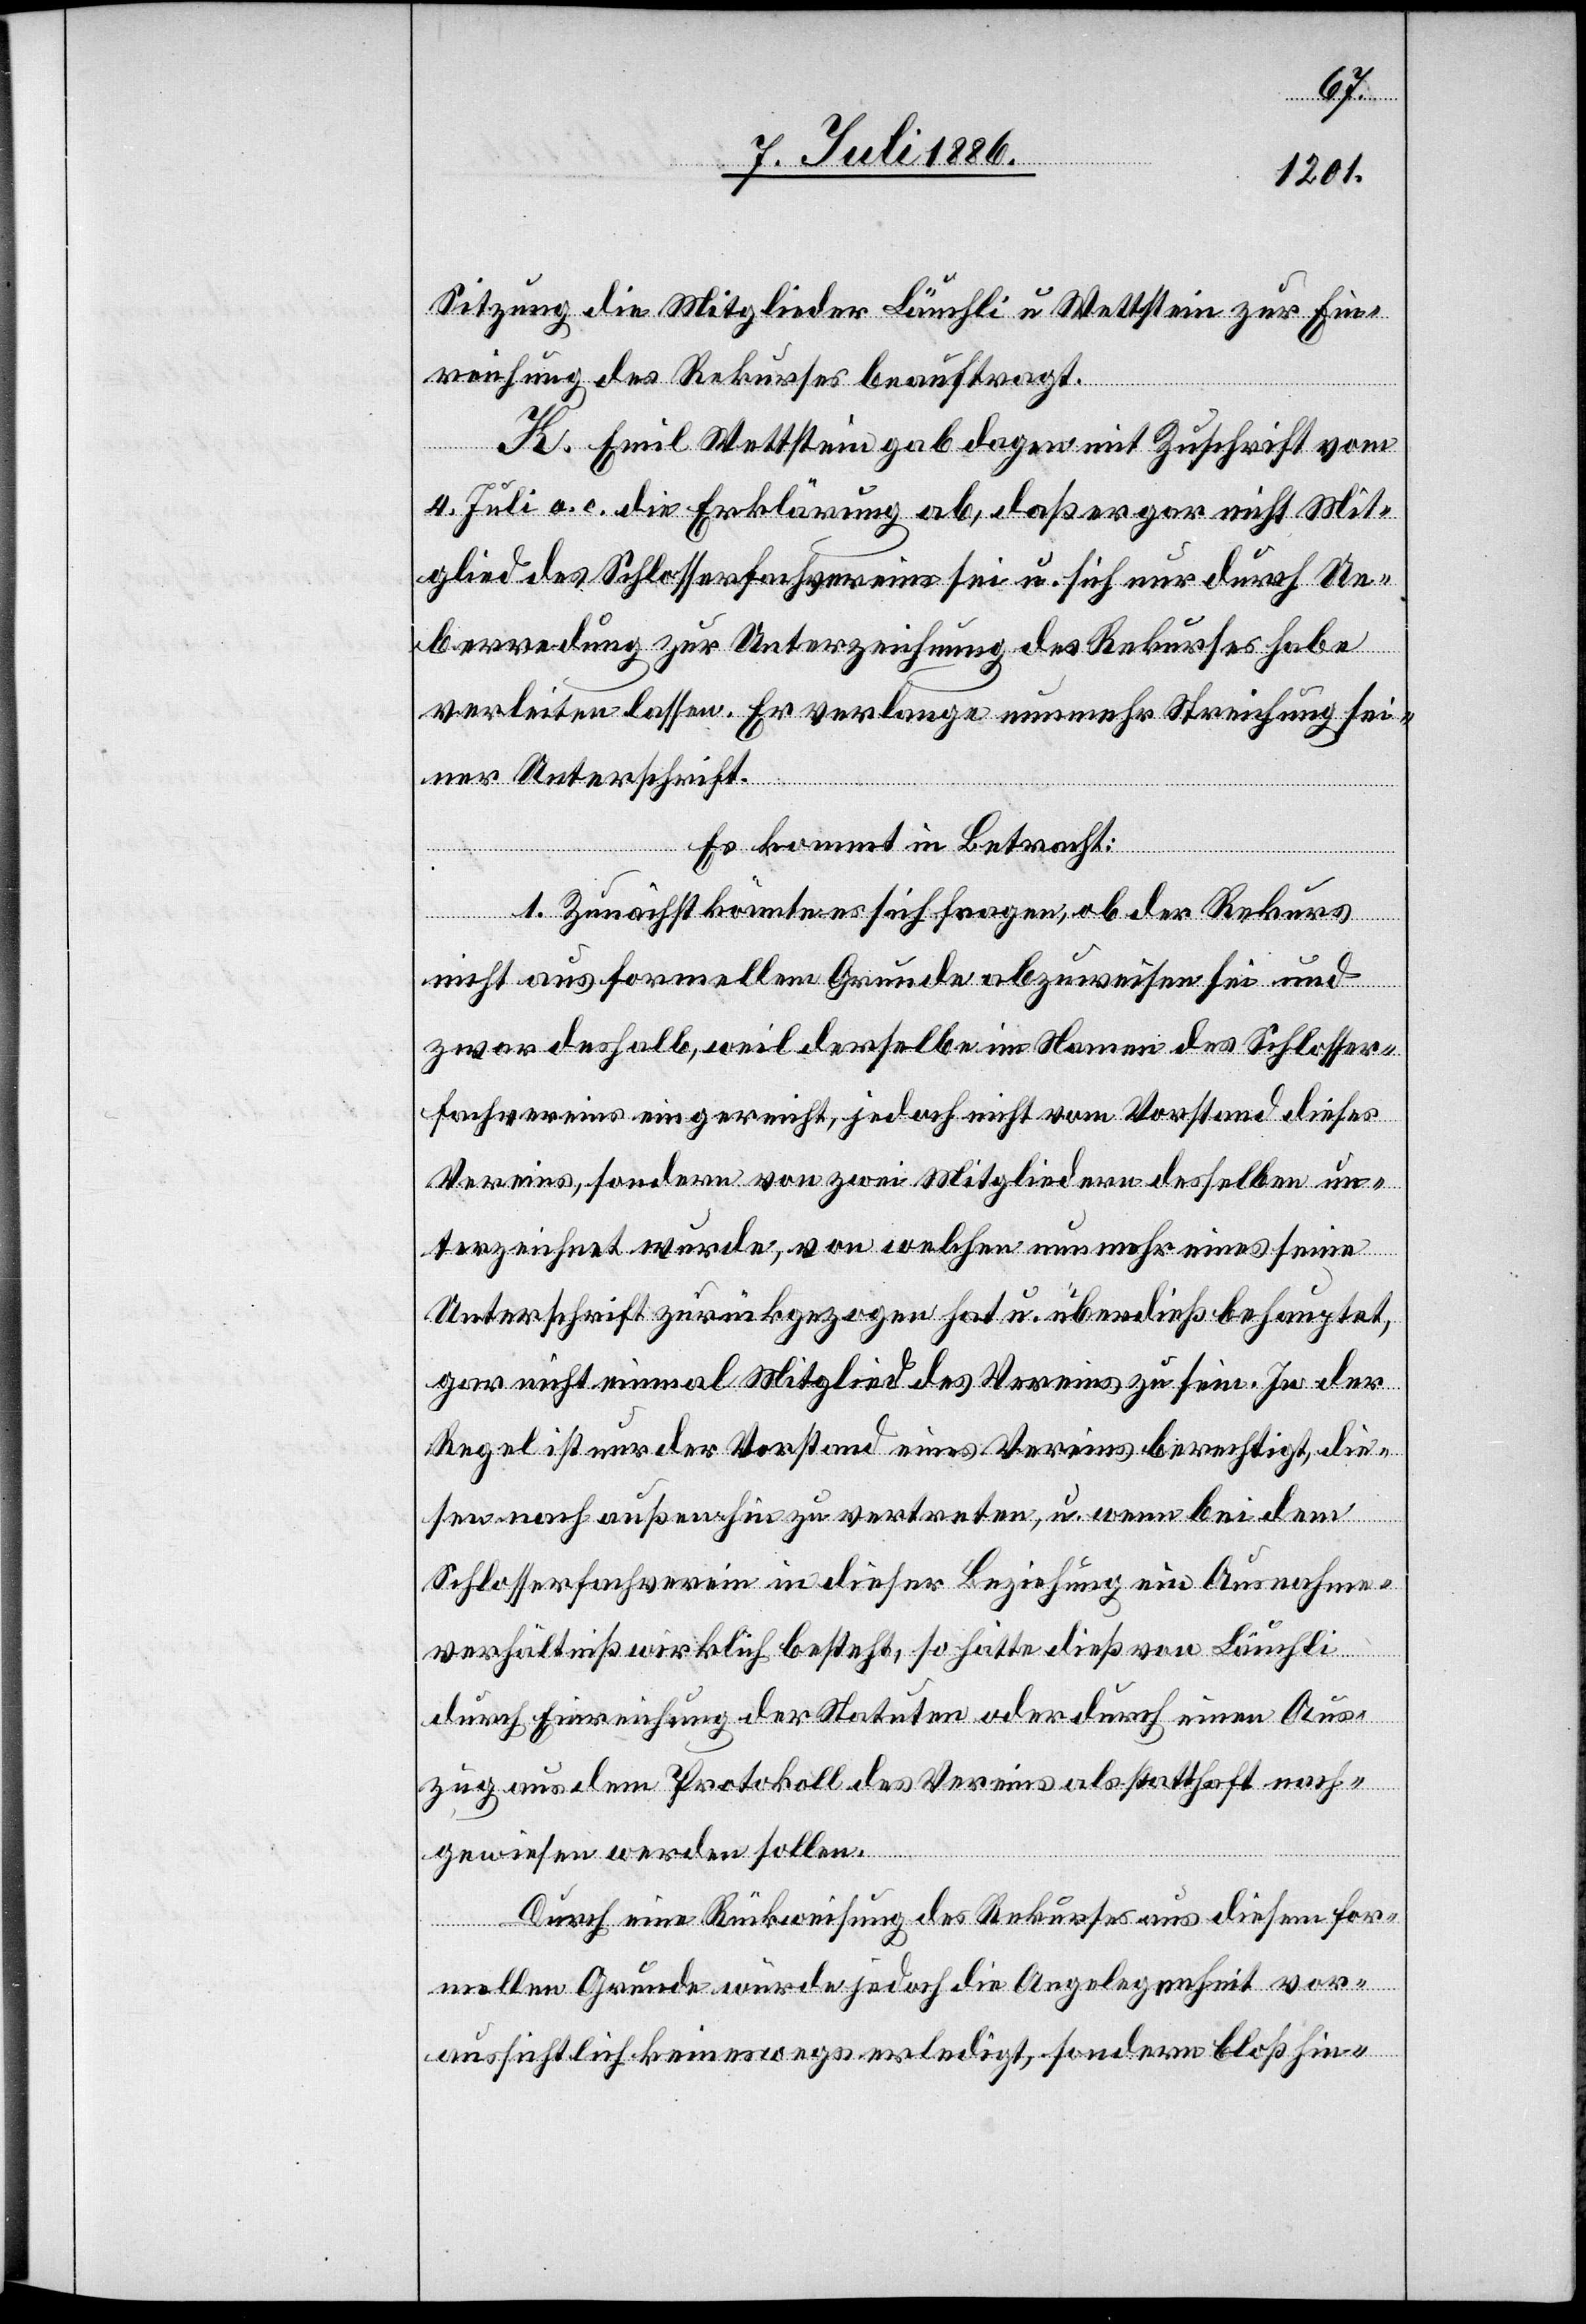
Sitzung die Mitglieder Läuchli u. Wettstein zur Ein¬
reichung des Rekurses beauftragt.
K. Emil Wettstein gab dage[ge]n mit Zuschrift vom
4. Juli a. c. die Erklärung ab, daß er gar nicht Mit¬
glied des Schlosserfachvereins sei u. sich nur durch Ue¬
berredung zur Unterzeichnung des Rekurses habe
verleiten lassen. Er verlange nunmehr Streichung sei¬
ner Unterschrift.
Es kommt in Betracht:
1. Zunächst könnte es sich fragen, ob der Rekurs
nicht aus formellem Grunde abzuweisen sei und
zwar deshalb, weil derselbe im Namen des Schlosser¬
fachvereins eingereicht, jedoch nicht vom Vorstand dieses
Vereins, sondern von zwei Mitgliedern desselben un¬
terzeichnet wurde, von welchen nunmehr eines seine
Unterschrift zurückgezogen hat u. überdieß behauptet,
gar nicht einmal Mitglied des Vereins zu sein. In der
Regel ist nur der Vorstand eines Vereins berechtigt, die¬
sen nach außen hin zu vertreten, u. wenn bei dem
Schlosserverein in dieser Beziehung ein Ausnahme¬
verhältniß wirklich besteht, so hätte dieß von Läuchli
durch Einreichung der Statuten oder durch einen Aus¬
zug aus dem Protokoll des Vereins als statthaft nach¬
gewiesen werden sollen.
Durch eine Rückweisung des Rekurses aus diesem for¬
mellen Grunde würde jedoch die Angelegenheit vor¬
aussichtlich keineswegs erledigt, sondern bloß hin-